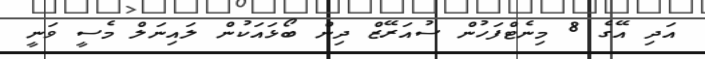
އަދި އޭގެ 8 މިނެޓްފަހުން ސުއަރޭޒް ދިން ބޯޅައަކުން ލައިނަލް މެސީ ވަނީ